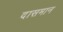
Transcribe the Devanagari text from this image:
दासमान